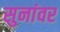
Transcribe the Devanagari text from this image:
सुनांवर